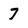
Character: 7